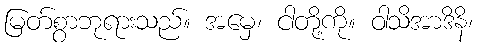
မြတ်စွာဘုရားသည်။ အမှေ၊ ငါတို့ကို။ ဝါသိအာဒိနိ၊